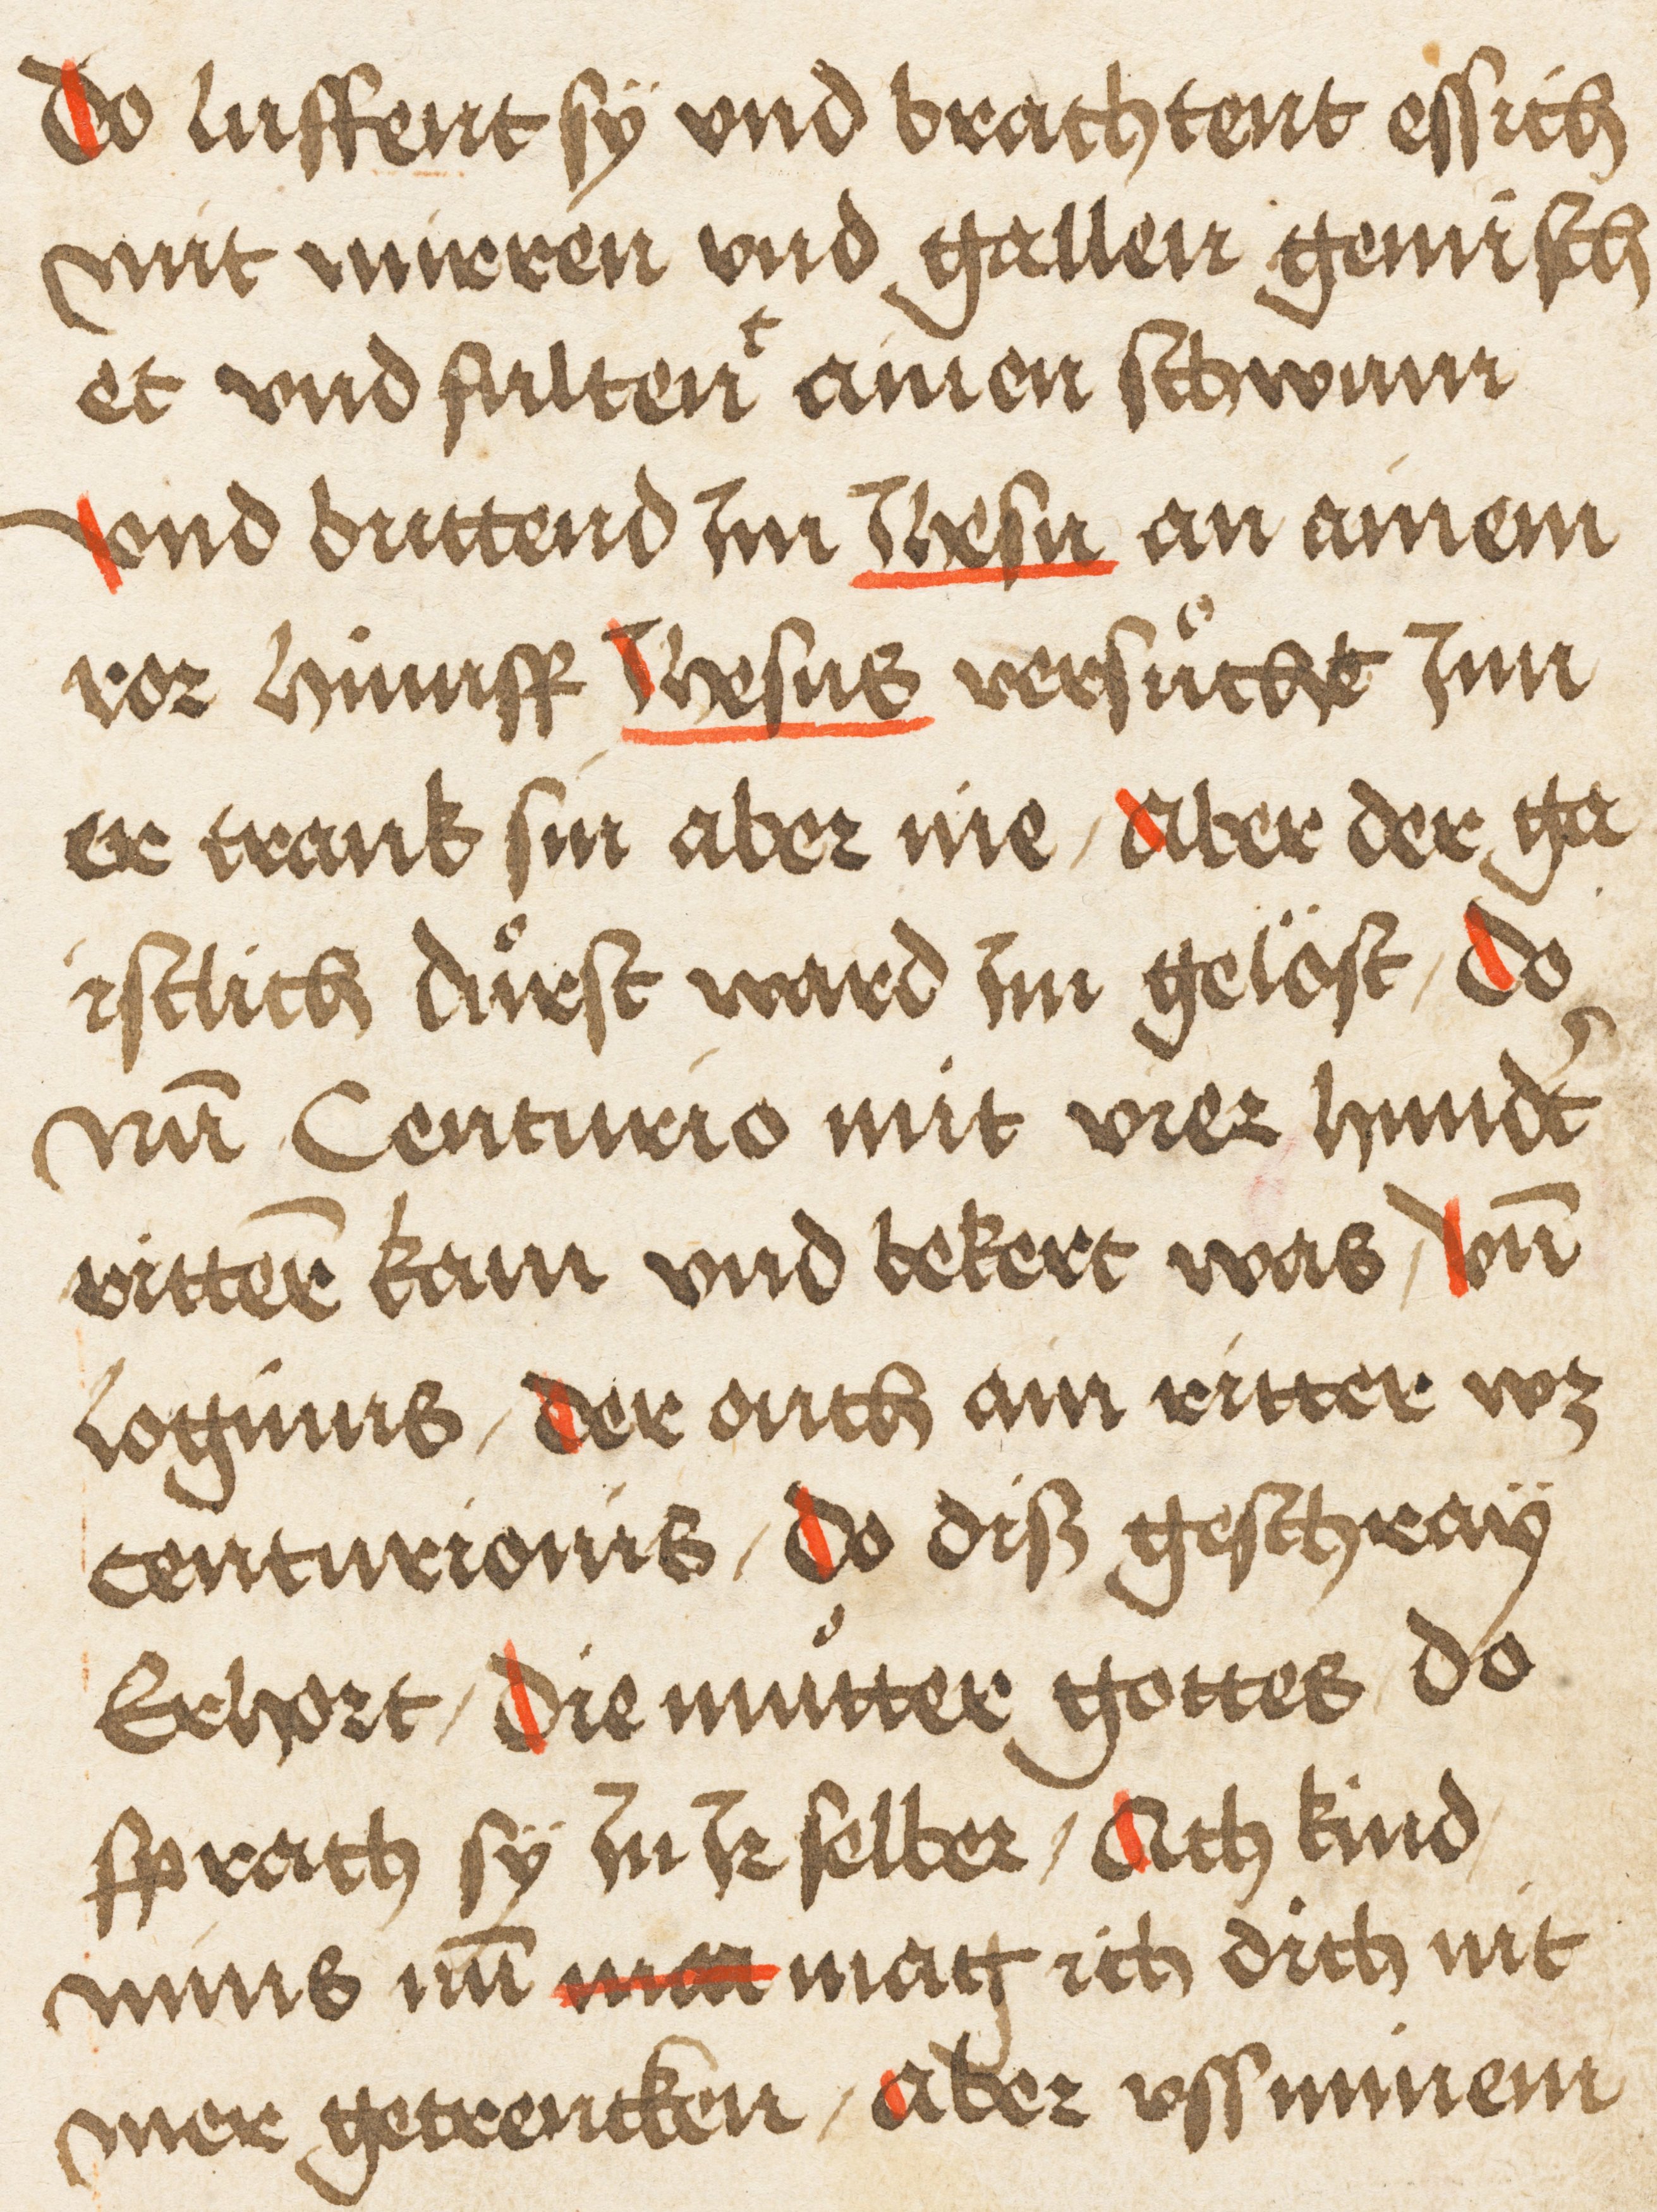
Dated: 1495–1495